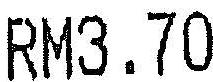
RM3.70